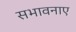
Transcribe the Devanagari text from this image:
सभावनाए